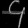
Digit: ၄